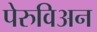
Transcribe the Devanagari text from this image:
पेरुविअन